Indian journal of veterinary science and animal husbandry - Volume 11,
Year: 1941
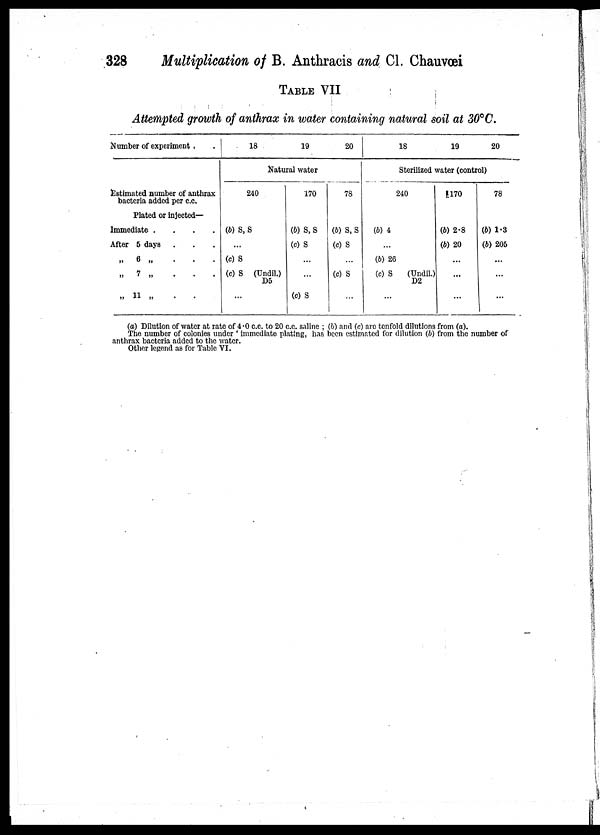
328
Multiplication of B. Anthracis and Cl. Chauvœi
TABLE VII
Attempted growth of anthrax in water containing natural soil at 30°C.
Number of experiment .
Estimated number of anthrax
bacteria added per c.c.
Plated or injected—
Immediate
.
.
.
.
After 5 days . . .
„ 6 „ . . .
„ 7 „ . . .
„ 11 „ . .
18
19
20
Natural water
240
(b) S, S
...
(c) S
(c) S (Undil.)
D5
...
170
(b) S,S
(c) S
...
...
(c) S
78
(b) S, S
(c) S
...
(c) S
...
18
19
20
Sterilized water (control)
240
(b) 4
...
(b) 26
(c) S
(Undil.)
D2
...
170
(b) 2.8
(b) 20
...
...
...
78
(b) 1.3
(b) 205
...
...
...
(a) Dilution of water at rate of 4.0 c.c. to 20 c.c. saline ; (b) and (c) are tenfold dilutions from (a).
The number of colonies under ' immediate plating, has been estimated for dilution (b) from the number of
anthrax bacteria added to the water.
Other legend as for Table VI.